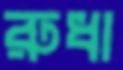
রুধা